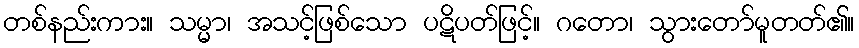
တစ်နည်းကား။ သမ္မာ၊ အသင့်ဖြစ်သော ပဋိပတ်ဖြင့်။ ဂတော၊ သွားတော်မူတတ်၏။